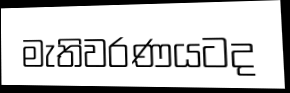
මැතිවරණයටද